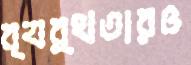
ব্যর্থতারও